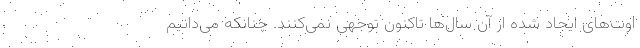
اوت‌های ایجاد شده از آن سال‌ها تاکنون توجهی نمی‌کنند. چنانکه می‌دانیم